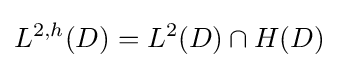
L^{2,h}(D)=L^{2}(D)\cap H(D)